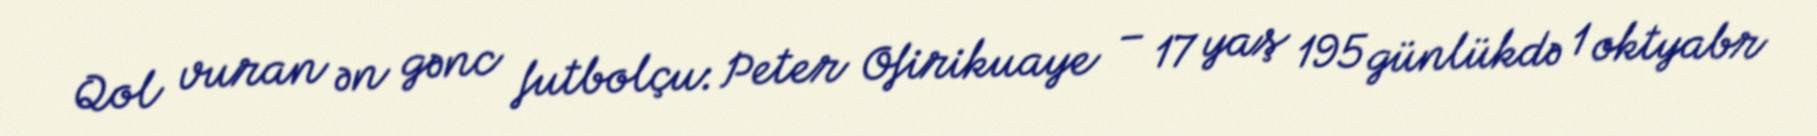
Qol vuran ən gənc futbolçu: Peter Ofirikuaye – 17 yaş 195 günlükdə 1 oktyabr